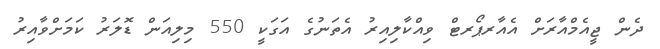
ދެން ޖީއެމްއާރަށް އެއާރޕޯރޓް ވިއްކާލިއިރު އެތަނުގެ އަގަކީ 550 މިލިއަން ޑޮލަރު ކަމަށްވާއިރު